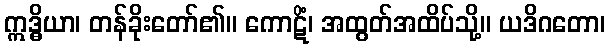
ဣဒ္ဓိယာ၊ တန်ခိုးတော်၏။ ကောဋိံ၊ အထွတ်အထိပ်သို့။ ယဒိဂတော၊